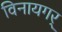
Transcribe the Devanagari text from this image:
विनायगर्